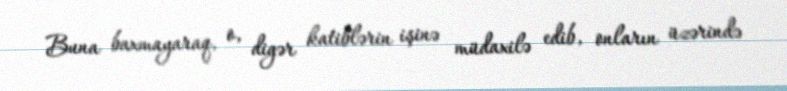
Buna baxmayaraq, o, digər katiblərin işinə müdaxilə edib, onların üzərində